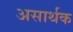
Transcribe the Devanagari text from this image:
असार्थक